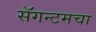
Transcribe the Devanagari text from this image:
सॅगन्टमचा